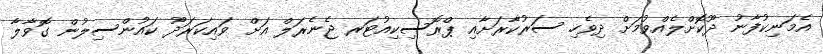
އެމަނިކުފާނު ދޫކޮށްލެއްވުމަށް ދިވެހި ސަރުކާރަށާއި ޕްރޮސިކިއުޓަރ ޖެނެރަލް އަށް ވައިކަރަދޫ ކައުންސިލުން ގޮވާލާ